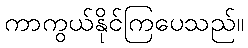
ကာကွယ်နိုင်ကြပေသည်။